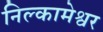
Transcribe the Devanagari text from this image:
निल्कामेश्वर